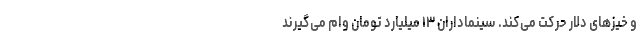
و خیزهای دلار حرکت می‌کند. سینماداران ۱۳ میلیارد تومان وام می‌گیرند